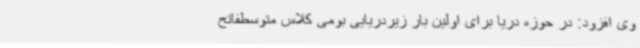
وی افزود: در حوزه دریا برای اولین بار زیردریایی بومی کلاس متوسطفاتح